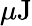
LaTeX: \mu\mathrm{J}